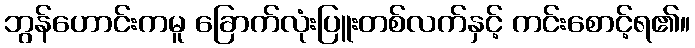
ဘွန်ဟောင်းကမူ ခြောက်လုံးပြူးတစ်လက်နှင့် ကင်းစောင့်ရ၏။